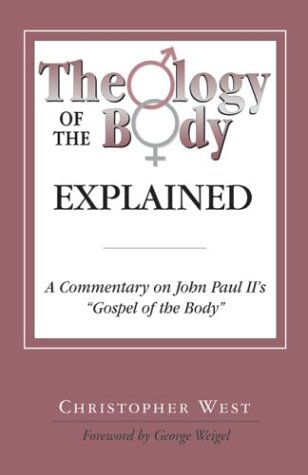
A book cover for Theology of the Body Explained: A Commentary on John Paul II's "Gospel of the Body"; Christopher West; Christian Books & Bibles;